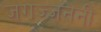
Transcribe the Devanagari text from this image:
जगज्जननी